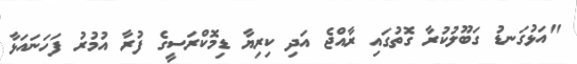
"އަޅުގަނޑު ގަބޫލުކުރާ ގޮތުގައި ރާއްޖެ އަދި ކިރިޔާ ޑިމޮކްރަސީގެ ފުރާ އުމުރު ފަހަނައަޅާ